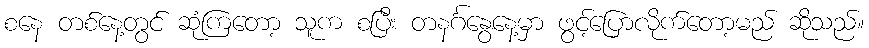
စနေ တစ်နေ့တွင် ဆုံကြတော့ သူက စပြီး တနင်္ဂနွေနေ့မှာ ဖွင့်ပြောလိုက်တော့မည် ဆိုသည်။